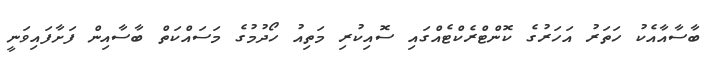
ބާސާއާއެކު ހަތަރު އަހަރުގެ ކޮންޓްރެކްޓެއްގައި ސޮއިކުރި މަތިއު ހޯދުމުގެ މަސައްކަތް ބާސާއިން ފަށާފައިވަނީ